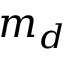
m _ { d }